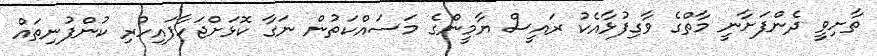
ތާށިވީ ދެންފަށާނީ މާތްގެ ވާގިފުޅާއެކު ރައީސް ޔާމީންގެ މަސައްކަތުން ނަގާ ކޮޅަށްޖަހާފައިހުރި ކުންފުނިތައް